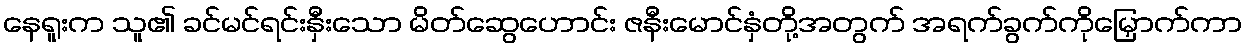
နေရူးက သူ၏ ခင်မင်ရင်းနှီးသော မိတ်ဆွေဟောင်း ဇနီးမောင်နှံတို့အတွက် အရက်ခွက်ကိုမြှောက်ကာ